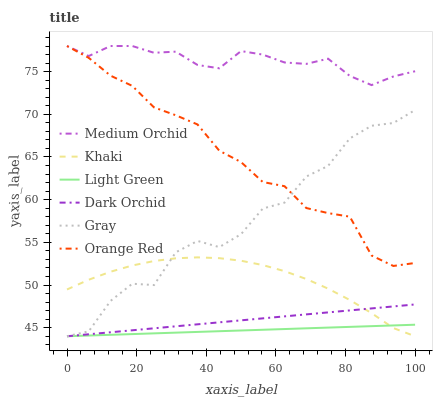
| xaxis_label | Medium Orchid | Khaki | Light Green | Dark Orchid | Gray | Orange Red |
 | --- | --- | --- | --- | --- | --- | --- |
 | 0 | 78 | 49.5 | 44 | 44 | 44 | 78 |
 | 6.25 | 76.8 | 50.6 | 44.1 | 44.2 | 44.6 | 76.6 |
 | 12.5 | 78 | 51.6 | 44.2 | 44.5 | 48.1 | 74.5 |
 | 18.8 | 78 | 52.3 | 44.3 | 44.7 | 50.2 | 73.3 |
 | 25 | 77.2 | 52.8 | 44.3 | 44.9 | 50 | 70.8 |
 | 31.2 | 77.3 | 53.1 | 44.4 | 45.2 | 53.8 | 69.9 |
 | 37.5 | 75.8 | 53.2 | 44.5 | 45.4 | 55.2 | 68.8 |
 | 43.8 | 75.4 | 53.1 | 44.6 | 45.6 | 54.4 | 65.7 |
 | 50 | 77.4 | 52.8 | 44.7 | 45.9 | 56 | 64.4 |
 | 56.2 | 77 | 52.3 | 44.8 | 46.1 | 59 | 62.1 |
 | 62.5 | 76.1 | 51.6 | 44.8 | 46.3 | 59.7 | 61.6 |
 | 68.8 | 75.9 | 50.7 | 44.9 | 46.6 | 62.7 | 59 |
 | 75 | 76.5 | 49.6 | 45 | 46.8 | 64 | 58.4 |
 | 81.2 | 74.5 | 48.2 | 45.1 | 47 | 67.2 | 58 |
 | 87.5 | 73.4 | 46.7 | 45.2 | 47.3 | 68.7 | 53.5 |
 | 93.8 | 74.4 | 45 | 45.3 | 47.5 | 69 | 52.2 |
 | 100 | 75 | 44 | 45.4 | 47.7 | 70.5 | 52.6 |